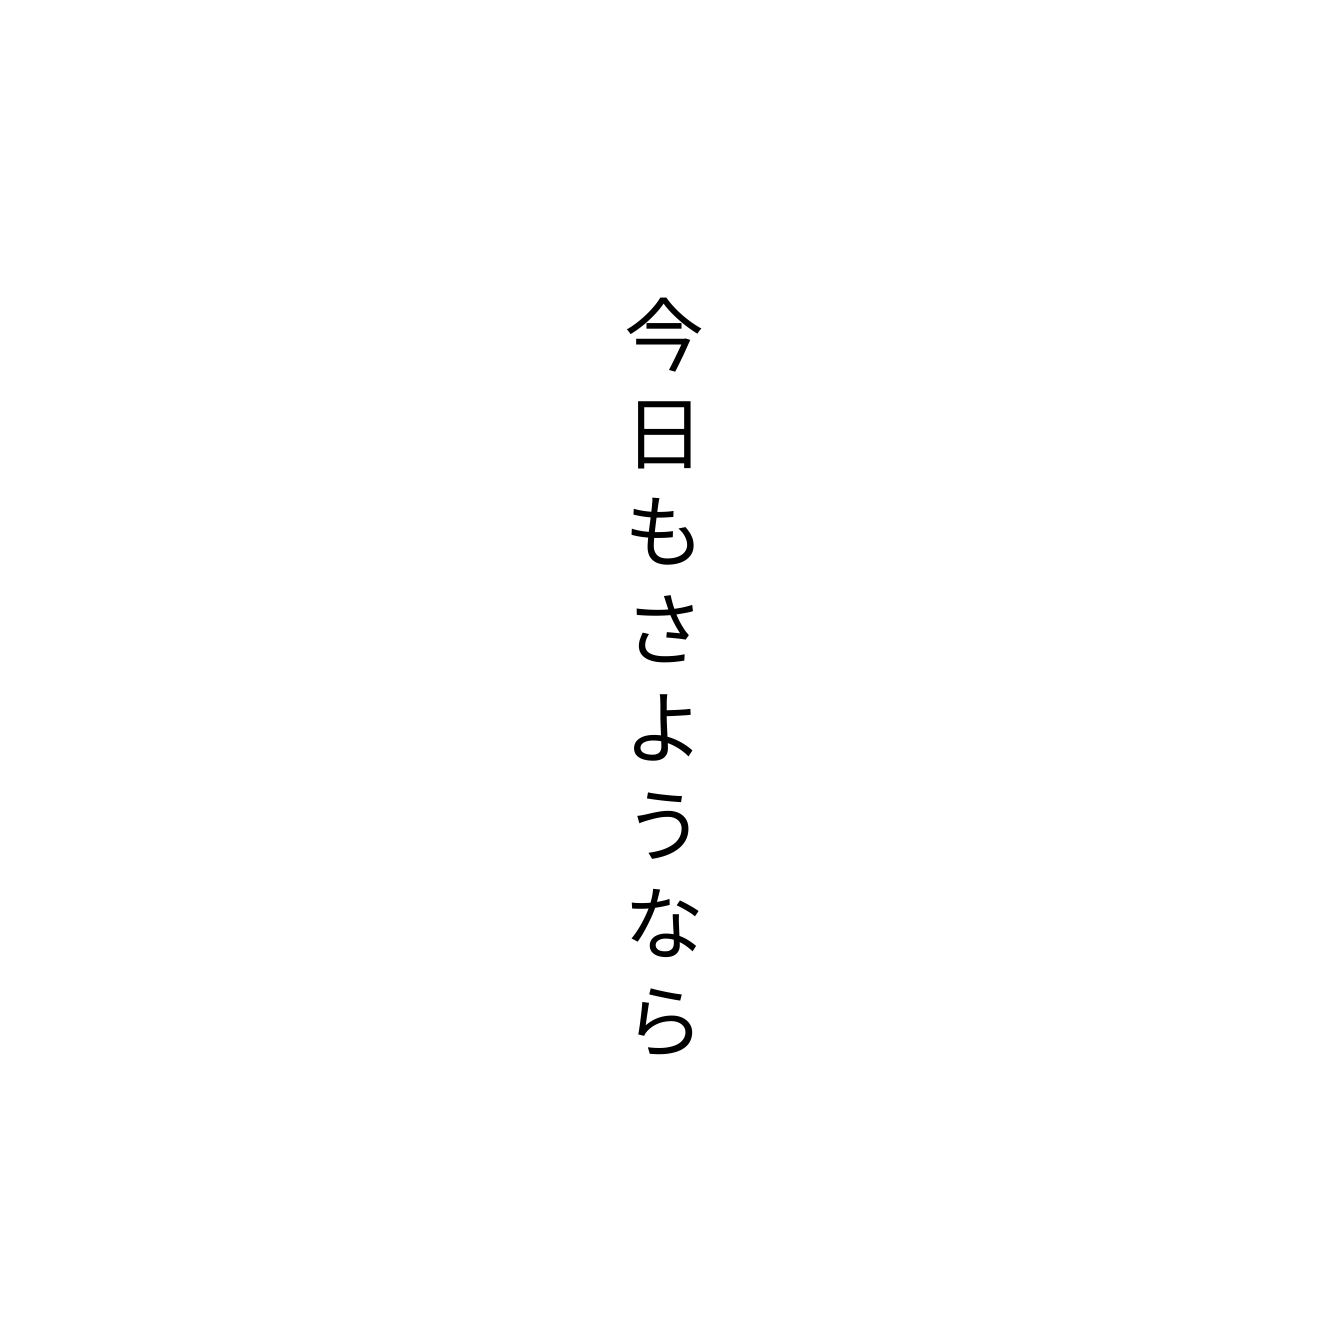
今日もさようなら